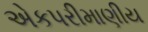
એકપરીમાણીય